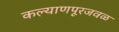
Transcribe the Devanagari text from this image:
कल्याणपूरजवळ